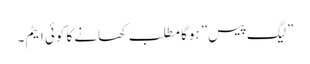
”لیگ پیس” ہوگا مطلب کھانے کا کوئی ایٹم ۔